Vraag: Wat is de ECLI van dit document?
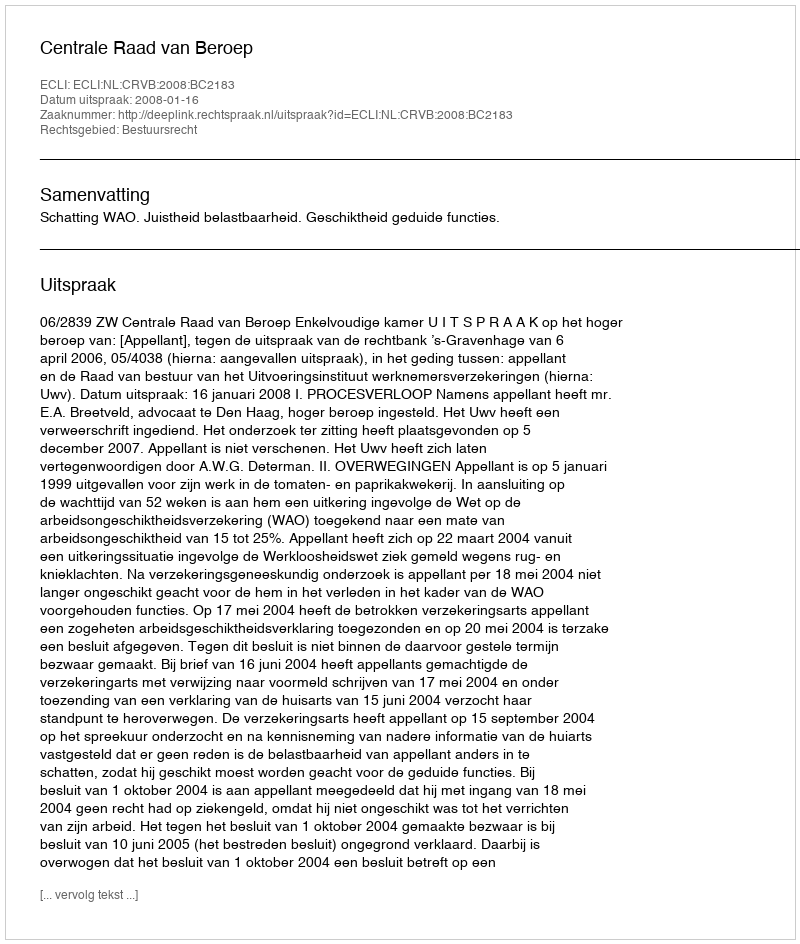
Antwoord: ECLI:NL:CRVB:2008:BC2183